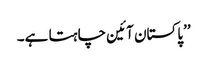
’’پاکستان آئین چاہتا ہے۔